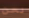
نحن